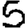
Digit: 5